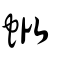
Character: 蚍